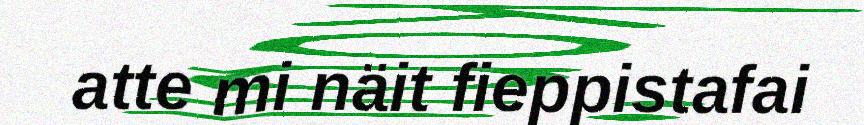
atte mi näit fieppistafai